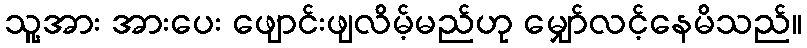
သူ့အား အားပေး ဖျောင်းဖျလိမ့်မည်ဟု မျှော်လင့်နေမိသည်။